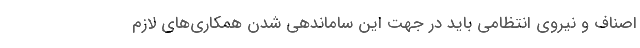
اصناف و نیروی انتظامی باید در جهت این ساماندهی شدن همکاری‌های لازم